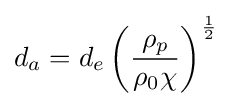
d_{a}=d_{e}\left({\frac {\rho _{p}}{\rho _{0}\chi }}\right)^{\frac {1}{2}}